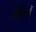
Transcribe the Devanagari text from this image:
भीतियों